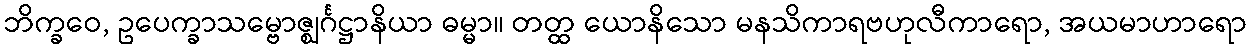
ဘိက္ခဝေ, ဥပေက္ခာသမ္ဗောဇ္ဈင်္ဂဋ္ဌာနိယာ ဓမ္မာ။ တတ္ထ ယောနိသော မနသိကာရဗဟုလီကာရော, အယမာဟာရော